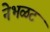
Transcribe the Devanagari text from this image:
नेभळट